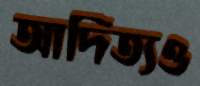
আদিত্যও